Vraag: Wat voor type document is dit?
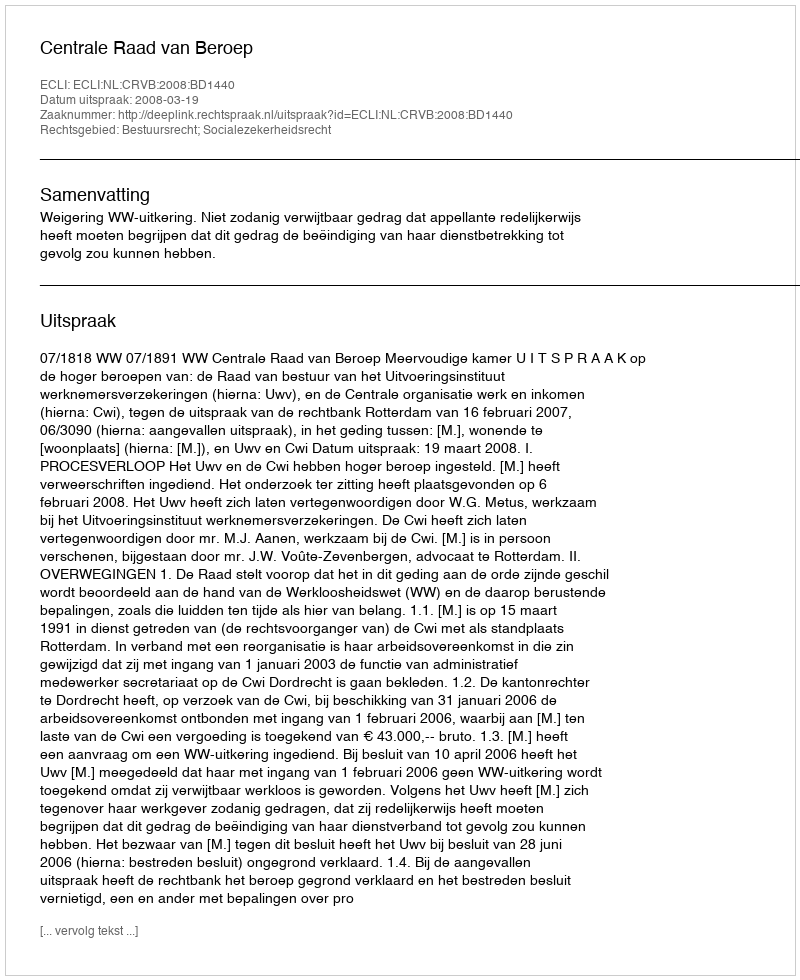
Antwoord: Uitspraak